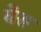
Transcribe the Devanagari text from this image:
घेरु